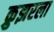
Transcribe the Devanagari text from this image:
क्रुझरला